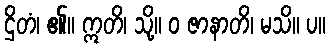
ဌိတံ၊ ၏။ ဣတိ၊ သို့။ ဝ ဇာနာတိ၊ မသိ။ ပ။